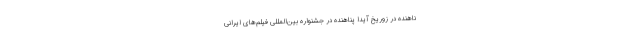
ناهنده در زوریخ آیدا پناهنده در جشنواره بین‌المللی فیلم‌های ایرانی